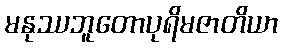
မနုဿဘူတောပုရိမဇာတိယာ